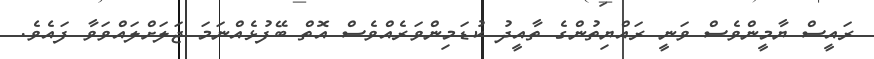
ރައީސް ޔާމީންވެސް ވަނީ ރައްޔިތުންގެ ތާއީދު ކުޑަމިންވަރެއްވެސް އޮތް ބޭފުޅެއްނަމަ ޖަލަށްލައްވަވާ ފައެވެ.